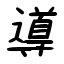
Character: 導